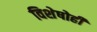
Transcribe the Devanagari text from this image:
विशेषोही